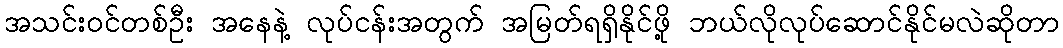
အသင်း၀င်တစ်ဦး အနေနဲ့ လုပ်ငန်းအတွက် အမြတ်ရရှိနိုင်ဖို့ ဘယ်လိုလုပ်ဆောင်နိုင်မလဲဆိုတာ